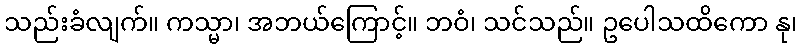
သည်းခံလျက်။ ကသ္မာ၊ အဘယ်ကြောင့်။ ဘဝံ၊ သင်သည်။ ဥပေါသထိကော နု၊